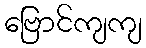
ဗြောင်ကျကျ